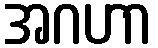
အဂဟာ